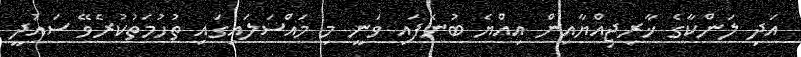
އަދި ލަންކާގެ ޚާރިޖިއްޔާއިން އިއްޔެ ބުނެފައި ވަނީ މި މައްސަލައިގައި ތުހުމަތުކުރެވޭ ސައުދީ